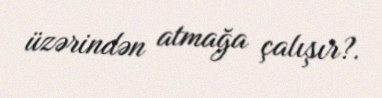
üzərindən atmağa çalışır?.